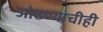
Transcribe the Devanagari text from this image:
ओढण्याचीही